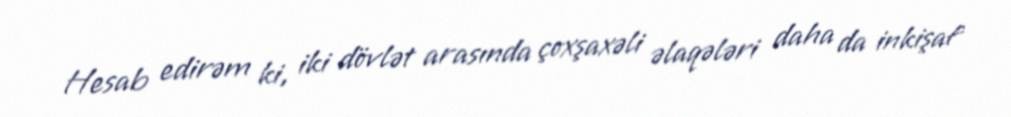
Hesab edirəm ki, iki dövlət arasında çoxşaxəli əlaqələri daha da inkişaf